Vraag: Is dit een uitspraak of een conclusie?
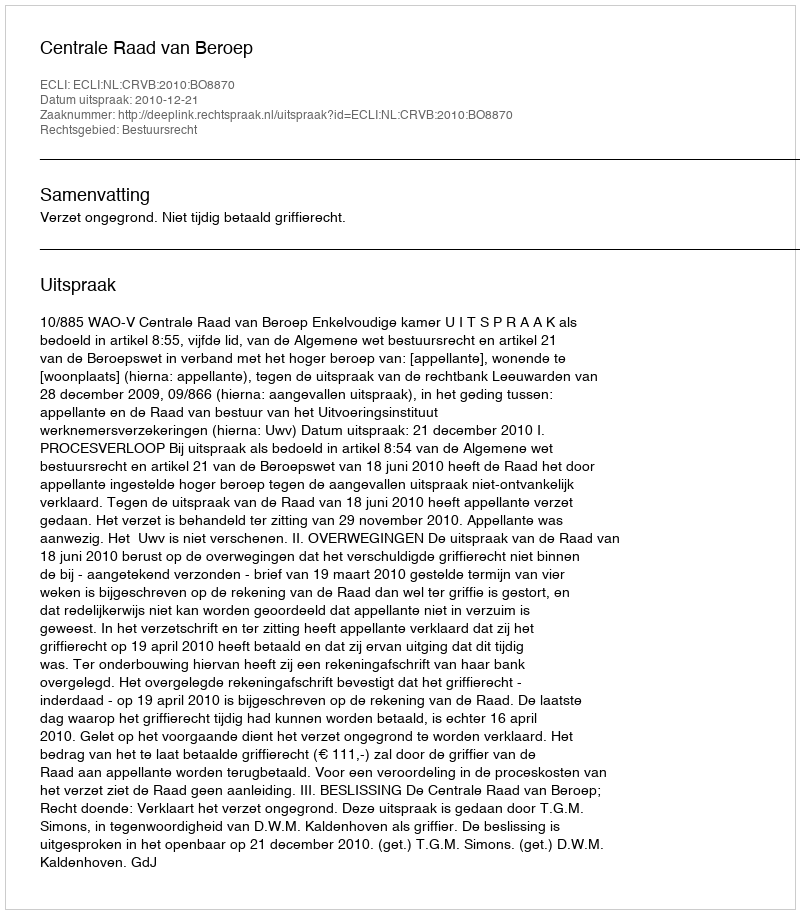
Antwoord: Uitspraak